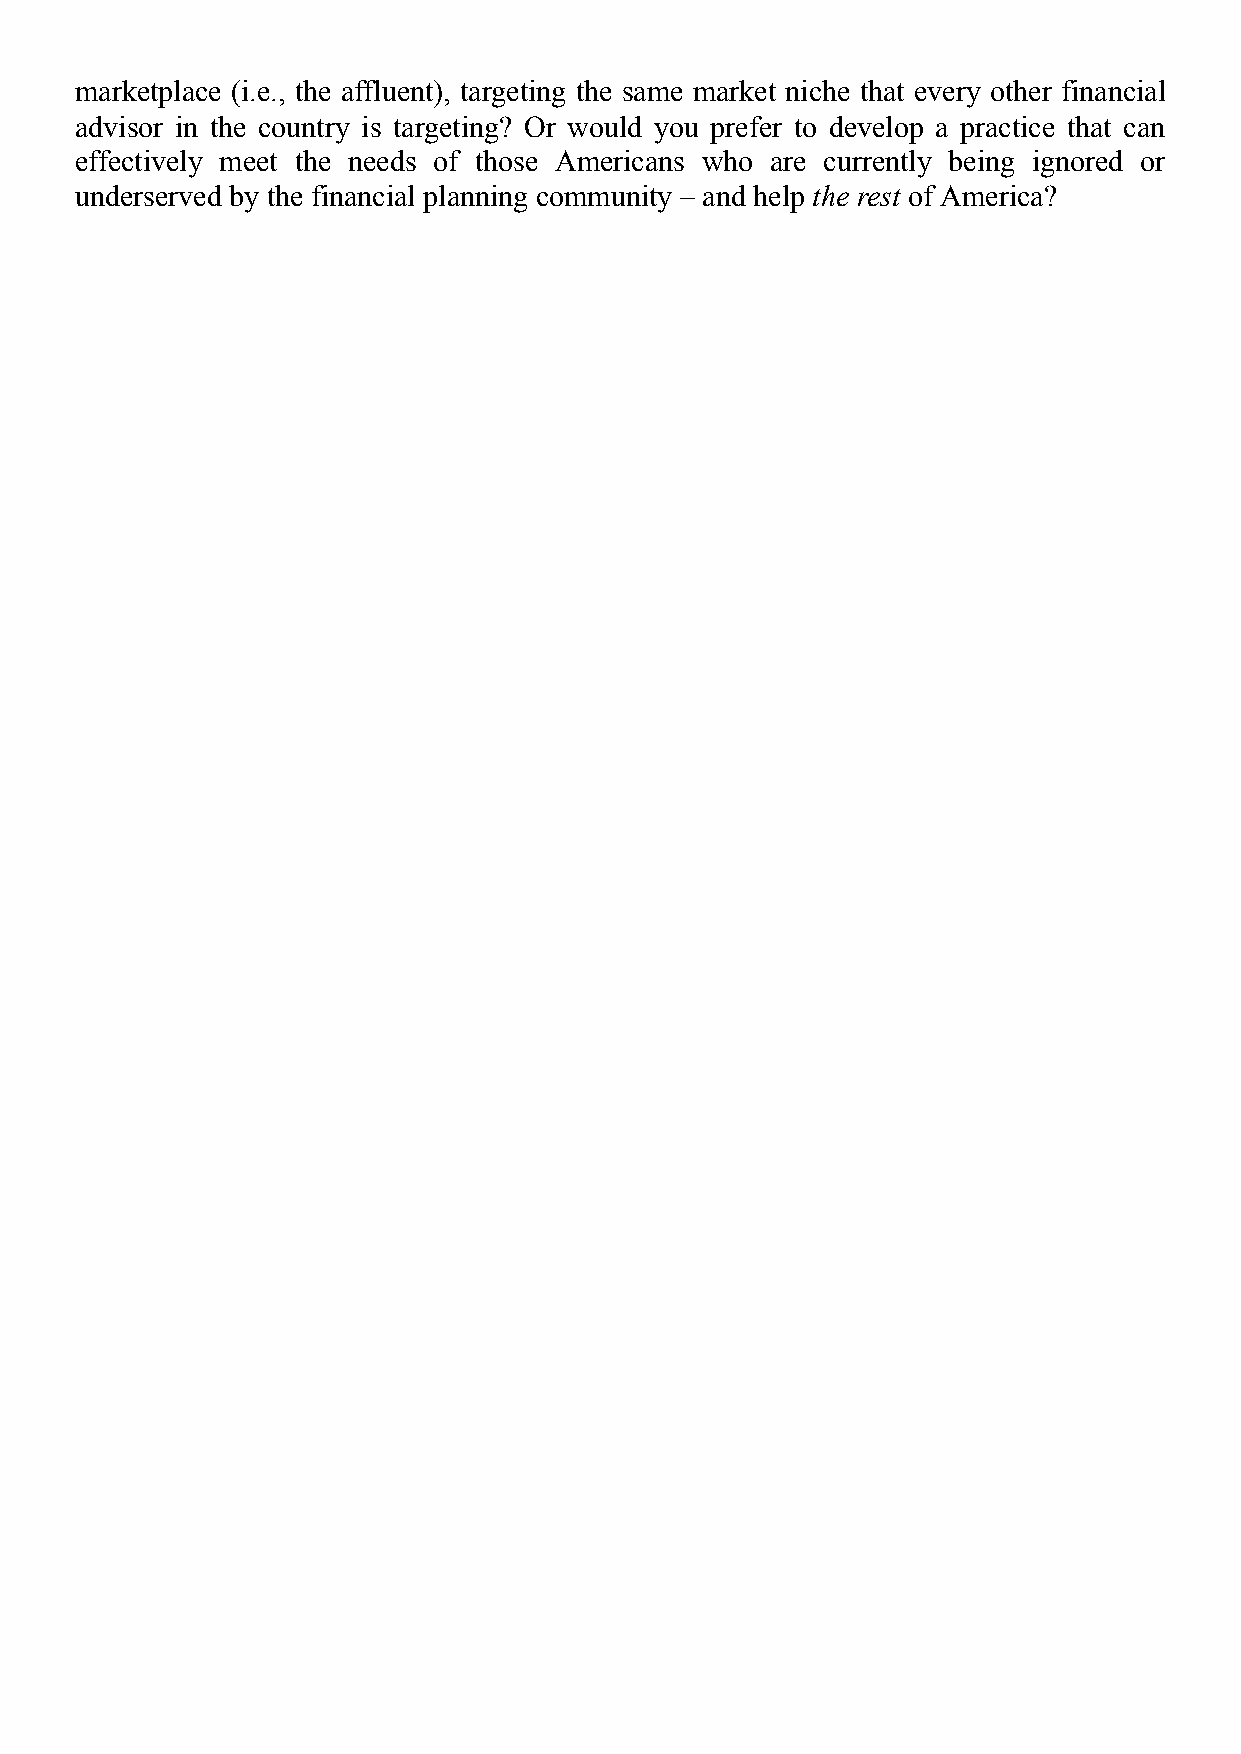
marketplace (i.e., the affluent), targeting the same market niche that every other financial
 advisor in the country is targeting? Or would you prefer to develop a practice that can
 effectively meet the needs of those Americans who are currently being ignored or
 underserved by the financial planning community – and help the rest of America?